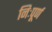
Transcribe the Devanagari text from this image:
निःपूर्ण